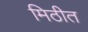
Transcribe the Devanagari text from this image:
मिठीत